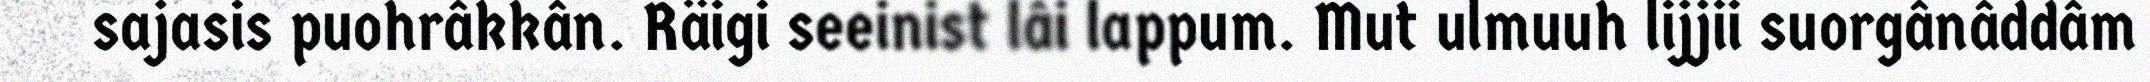
sajasis puohrâkkân. Räigi seeinist lâi lappum. Mut ulmuuh lijjii suorgânâddâm